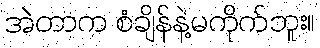
အဲတာက စံချိန်နဲ့မကိုက်ဘူး။